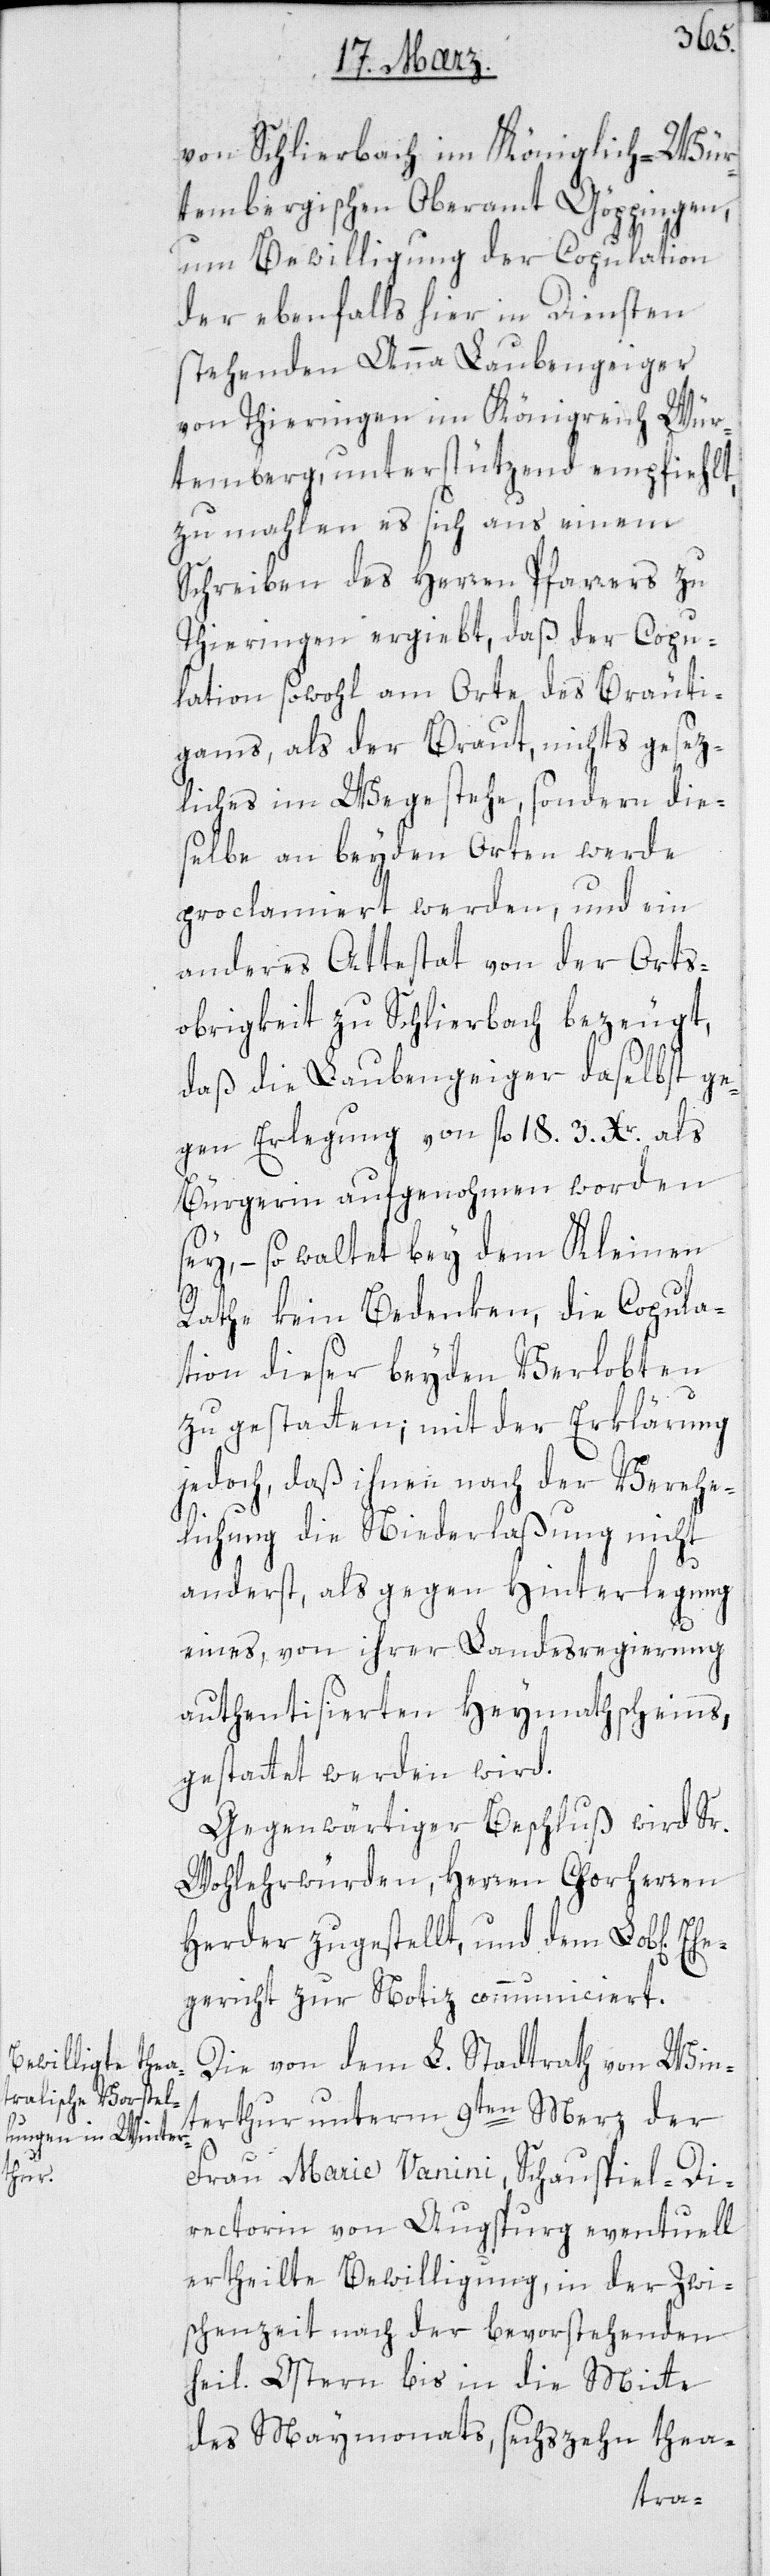
Ehe¬

von Schlierbach im Königlich-Wür¬
tembergischen Oberamt Göppingen,
um Bewilligung der Copulation
der ebenfalls hier in Diensten
stehenden Anna Laubengeiger
von Thieringen im Königreich Wür¬
temberg, unterstützend empfiehlt,
zumahlen es sich aus einem
Schreiben des Herren Pfarrers zu
Thieringen ergiebt, daß der Copu¬
lation sowohl am Orte des Bräuti¬
gams, als der Braut, nichts gesez¬
liches im Wege stehe, sondern die¬
selbe an beyden Orten werde
proclamiert werden, und ein
anderes Attestat von der Orts¬
obrigkeit zu Schlierbach bezeugt,
daß die Laubengeiger daselbst ge¬
gen Erlegung von fl. 18. 3 Xr. als
Bürgerin aufgenommen worden
sey, – so waltet bey dem Kleinen
Rathe kein Bedenken, die Copula¬
tion dieser beyden Verlobten
zu gestatten; mit der Erklärung
jedoch, daß ihnen nach der Verehe¬
lichung die Niederlaßung nicht
anderst, als gegen Hinterlegung
eines, von ihrer Landesregierung
authentisierten Heymathscheins
gestattet werden wird.
Gegenwärtiger Beschluß wird Sr
Wohlehrwürden, Herren Chorherren
Herder zugestellt, und dem Lob[lichen]
gericht zur Notiz communiciert.
Die von dem L. Stadtrath von Wint¬
erthur unterm 9ten Merz der
Frau Marie Vanini, Schauspiel-Di¬
rectorin von Augspurg eventuell
ertheilte Bewilligung, in der Zwi¬
schenzeit nach der bevorstehenden
heil. Ostern bis in die Mitte
des Maymonats, sechszehn thea-